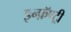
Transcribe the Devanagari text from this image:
इन्फ़ॅण्ट्री